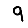
Digit: 9